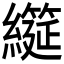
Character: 𮉌